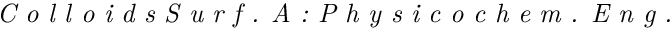
\textit { C o l l o i d s S u r f . A : P h y s i c o c h e m . E n g . }